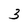
Character: 3